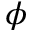
\phi